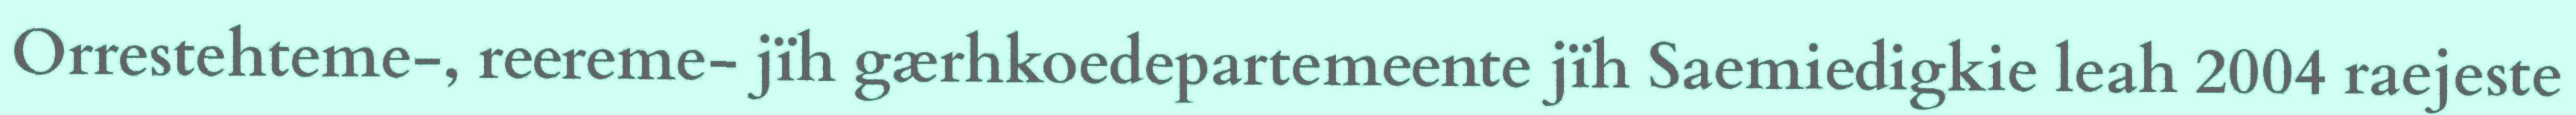
Orrestehteme-, reereme- jïh gærhkoedepartemeente jïh Saemiedigkie leah 2004 raejeste